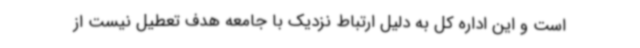
است و این اداره کل به دلیل ارتباط نزدیک با جامعه هدف تعطیل نیست از